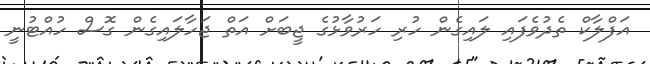
އަފްލާކް ތެދުވެފައި ލައިގެން ހުރި ހަރުވާޅުގެ ޖީބަށް އަތް ޖަހާލައިގެން ގޮސް ހުއްޓުނީ